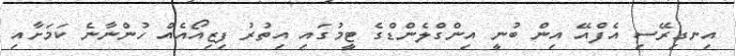
އިނގިރޭސި އެފްއޭ އިން ބުނީ އިންގްލެންޑްގެ ޓީމުގައި އިތުރު ފިޒިއޯއެއް ހުންނާނެ ކަމަށާއި